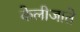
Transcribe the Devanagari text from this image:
केलीजाते